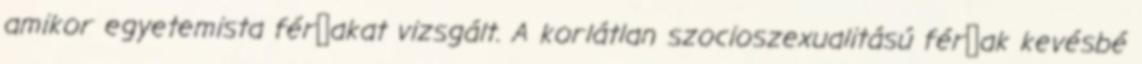
amikor egyetemista férﬁakat vizsgált. A korlátlan szocioszexualitású férﬁak kevésbé